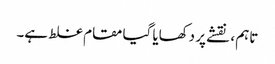
تاہم ، نقشے پر دکھایا گیا مقام غلط ہے۔